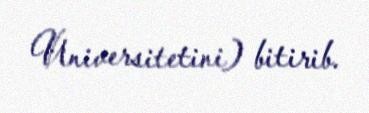
Universitetini) bitirib.